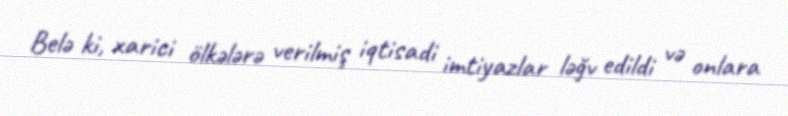
Belə ki, xarici ölkələrə verilmiş iqtisadi imtiyazlar ləğv edildi və onlara